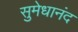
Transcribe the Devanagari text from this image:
सुमेधानंद